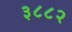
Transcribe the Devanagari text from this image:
३८८२